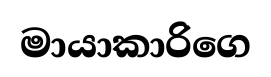
මායාකාරිගෙ